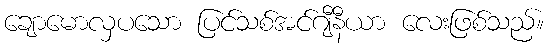
ချောမောလှပသော ပြင်သစ်အင်ဂျီနီယာ လေးဖြစ်သည်။